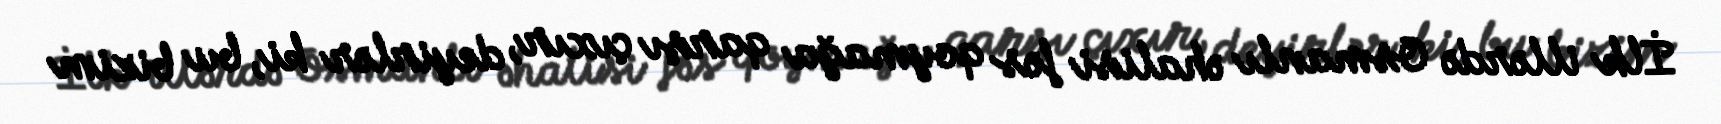
İlk illərdə Osmanlı əhalisi fəs qoymağa qarşı çıxır, deyirlər ki, bu bizim